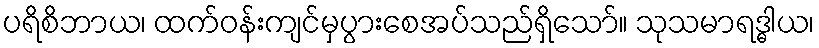
ပရိစိဘာယ၊ ထက်ဝန်းကျင်မှပွားစေအပ်သည်ရှိသော်။ သုသမာရဒ္ဓါယ၊